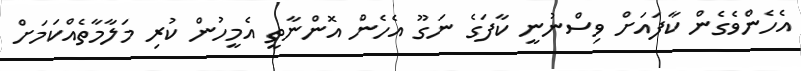
އެހެންވެގެން ކާފައަށް ވިސްނުނީ ކާފަގެ ނަގޫ އެހެން އޮންނާތީ އެމީހުން ކުރި މަލާމާތެއްކަމަށް